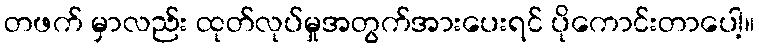
တဖက် မှာလည်း ထုတ်လုပ်မှုအတွက်အားပေးရင် ပိုကောင်းတာပေါ့။